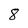
Character: 8